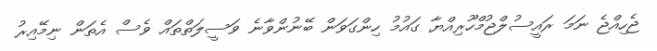
ޖެހިއްޖެ ނަމަ ރައީސުލްޖުމްހޫރިއްޔާ ގައުމު ހިންގަވަން ބޭނުންވާނެ ވަސީލަތްތައް ވެސް އެތަން ނިމޭއިރު